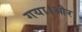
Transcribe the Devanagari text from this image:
गया।और